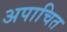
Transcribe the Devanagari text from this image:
अपाचित